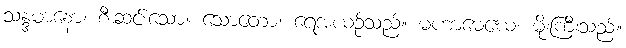
သန္ဒမာနော၊ စီးဆင်းသော။ သောတော၊ ရေအယဉ်သည်။ မဟာမေဃေ၊ မိုးကြီးသည်။